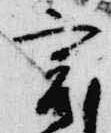
実